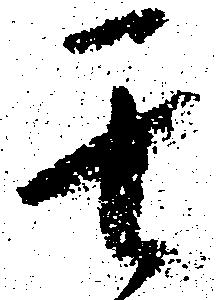
其